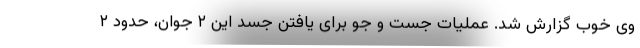
وی خوب گزارش شد. عملیات جست و جو برای یافتن جسد این ۲ جوان، حدود ۲